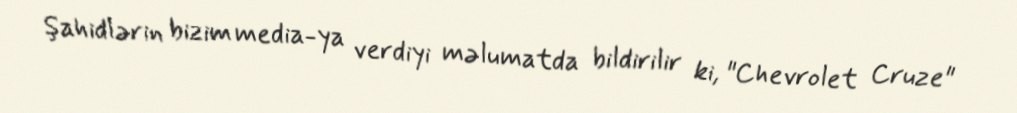
Şahidlərin bizim media-ya verdiyi məlumatda bildirilir ki, "Chevrolet Cruze"